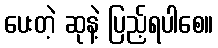
ပေးတဲ့ ဆုနဲ့ ပြည့်ရပါစေ။